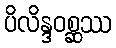
ပိလိန္ဒဝစ္ဆဿ